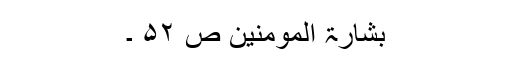
بشارۃ المومنین ص ۵۲ ۔